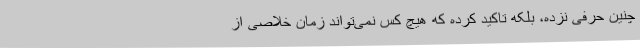
چنین حرفی نزده، بلکه تاکید کرده که هیچ کس نمی‌تواند زمان خلاصی از